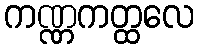
ကဏ္ဏကတ္ထလေ